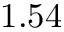
1 . 5 4